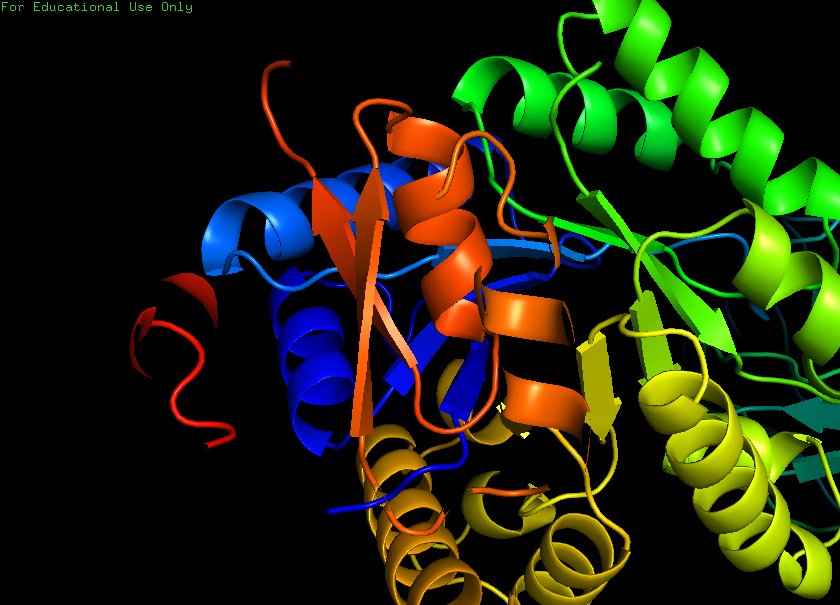
pymol, preset, pretty